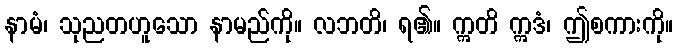
နာမံ၊ သုညတဟူသော နာမည်ကို။ လဘတိ၊ ရ၏။ ဣတိ ဣဒံ၊ ဤစကားကို။